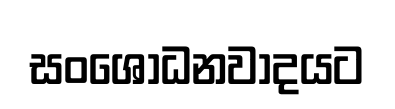
සංශෝධනවාදයට